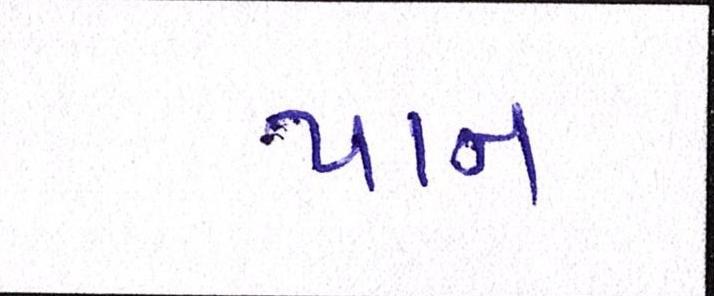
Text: પાન